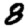
Digit: 8